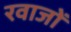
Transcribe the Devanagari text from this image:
रवाजों